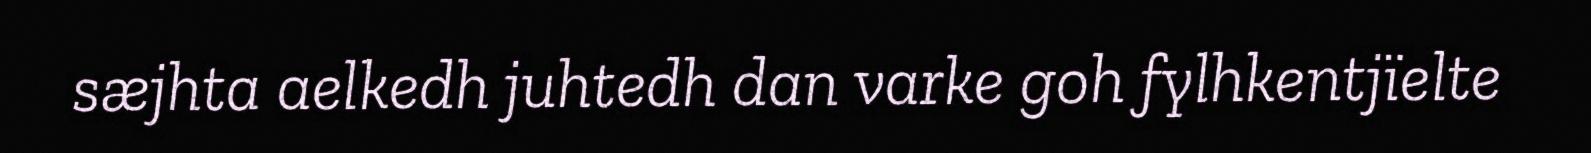
sæjhta aelkedh juhtedh dan varke goh fylhkentjïelte